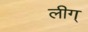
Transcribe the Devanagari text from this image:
लीग्